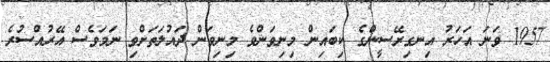
1957 ވަނަ އަހަރު އިނގިރޭސީންގެ ކިބައިން މިނިވަންވެ މިނިވަން ދައުލަތަށްވި ނަމަވެސް އޭރުއްސުރެ